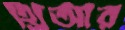
থ্রিআর